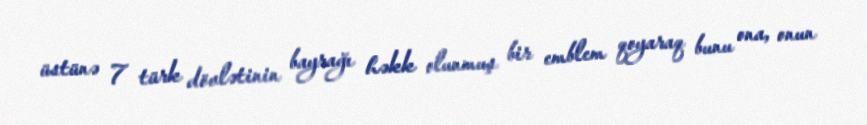
üstünə 7 türk dövlətinin bayrağı həkk olunmuş bir emblem qoyaraq bunu ona, onun